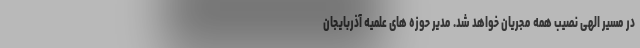
در مسیر الهی نصیب همه مجریان خواهد شد. مدیر حوزه های علمیه آذربایجان